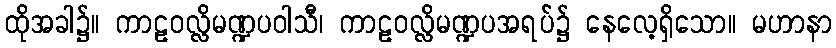
ထိုအခါ၌။ ကာဠဝလ္လိမဏ္ဍပဝါသီ၊ ကာဠဝလ္လိမဏ္ဍပအရပ်၌ နေလေ့ရှိသော။ မဟာနာ